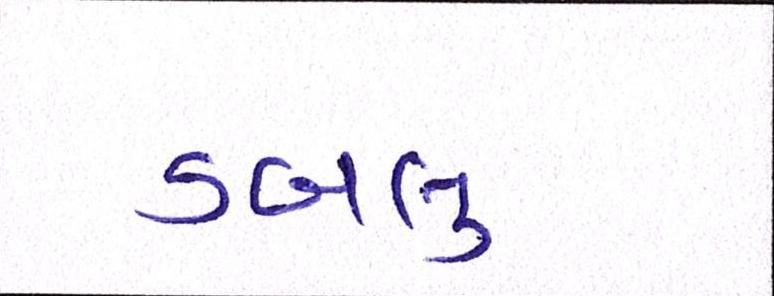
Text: ડબલું